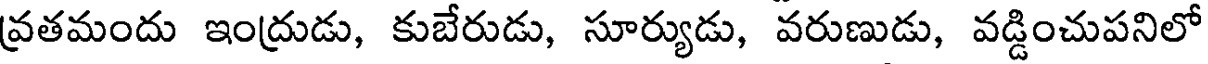
వ్రతమందు ఇంద్రుడు, కుబేరుడు, సూర్యుడు, వరుణుడు, వడ్డించుపనిలో